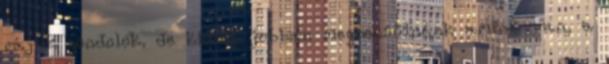
rájuk gondolok. de kicsit jobban megbecsülnénk amink van, a